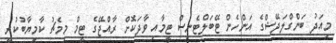
މިއަދު ބަންގްލަދޭޝްގެ އަންހެން ޓޭބަލްޓެނިސް ޓީމާއި ވާދަކޮށް ރާއްޖޭގެ ޓީމް މިމެޗު ކާމިޔާބުކުރީ